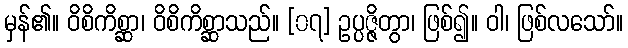
မှန်၏။ ဝိစိကိစ္ဆာ၊ ဝိစိကိစ္ဆာသည်။ [၀၇] ဥပ္ပဇ္ဇိတွာ၊ ဖြစ်၍။ ဝါ၊ ဖြစ်လသော်။